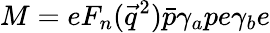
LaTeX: M=eF_{n}(\vec{q}^{2})\bar{p}\gamma_{a}pe\gamma_{b}e